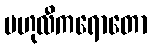
ဗဟုလီကရောတော